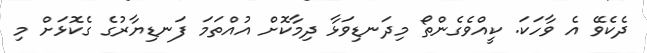
ދެކެވޭ އެ ވާހަކަ. ކީއްވެގެންތޯ މިދަނޑިވަޅާ ދިމާކޮށް އުއްތަމަ ފަނޑިޔާރުގެ ގެކޮޅަށް މި